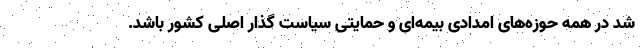
شد در همه حوزه‌های امدادی بیمه‌ای و حمایتی سیاست گذار اصلی کشور باشد.